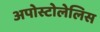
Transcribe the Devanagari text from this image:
अपोस्टोलेलिस